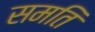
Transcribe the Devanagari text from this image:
समति